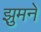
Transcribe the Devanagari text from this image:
झुमने